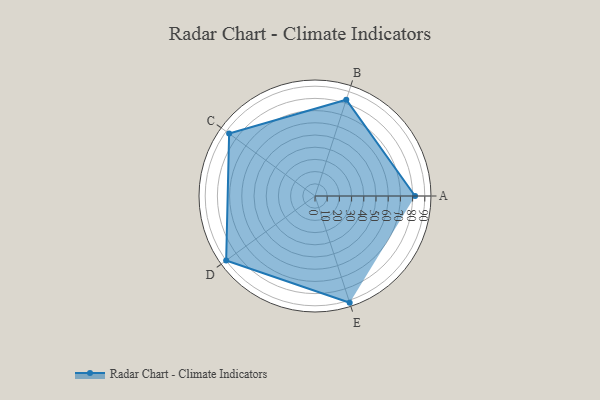
{"axis": {"x": "Skill", "y": "Score"}, "legend": ["Profile"], "data": [{"x": "A", "y": 82.0, "type": "Profile"}, {"x": "B", "y": 83.0, "type": "Profile"}, {"x": "C", "y": 87.0, "type": "Profile"}, {"x": "D", "y": 90.0, "type": "Profile"}, {"x": "E", "y": 92.0, "type": "Profile"}]}